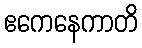
ဧကေနေကာတိ